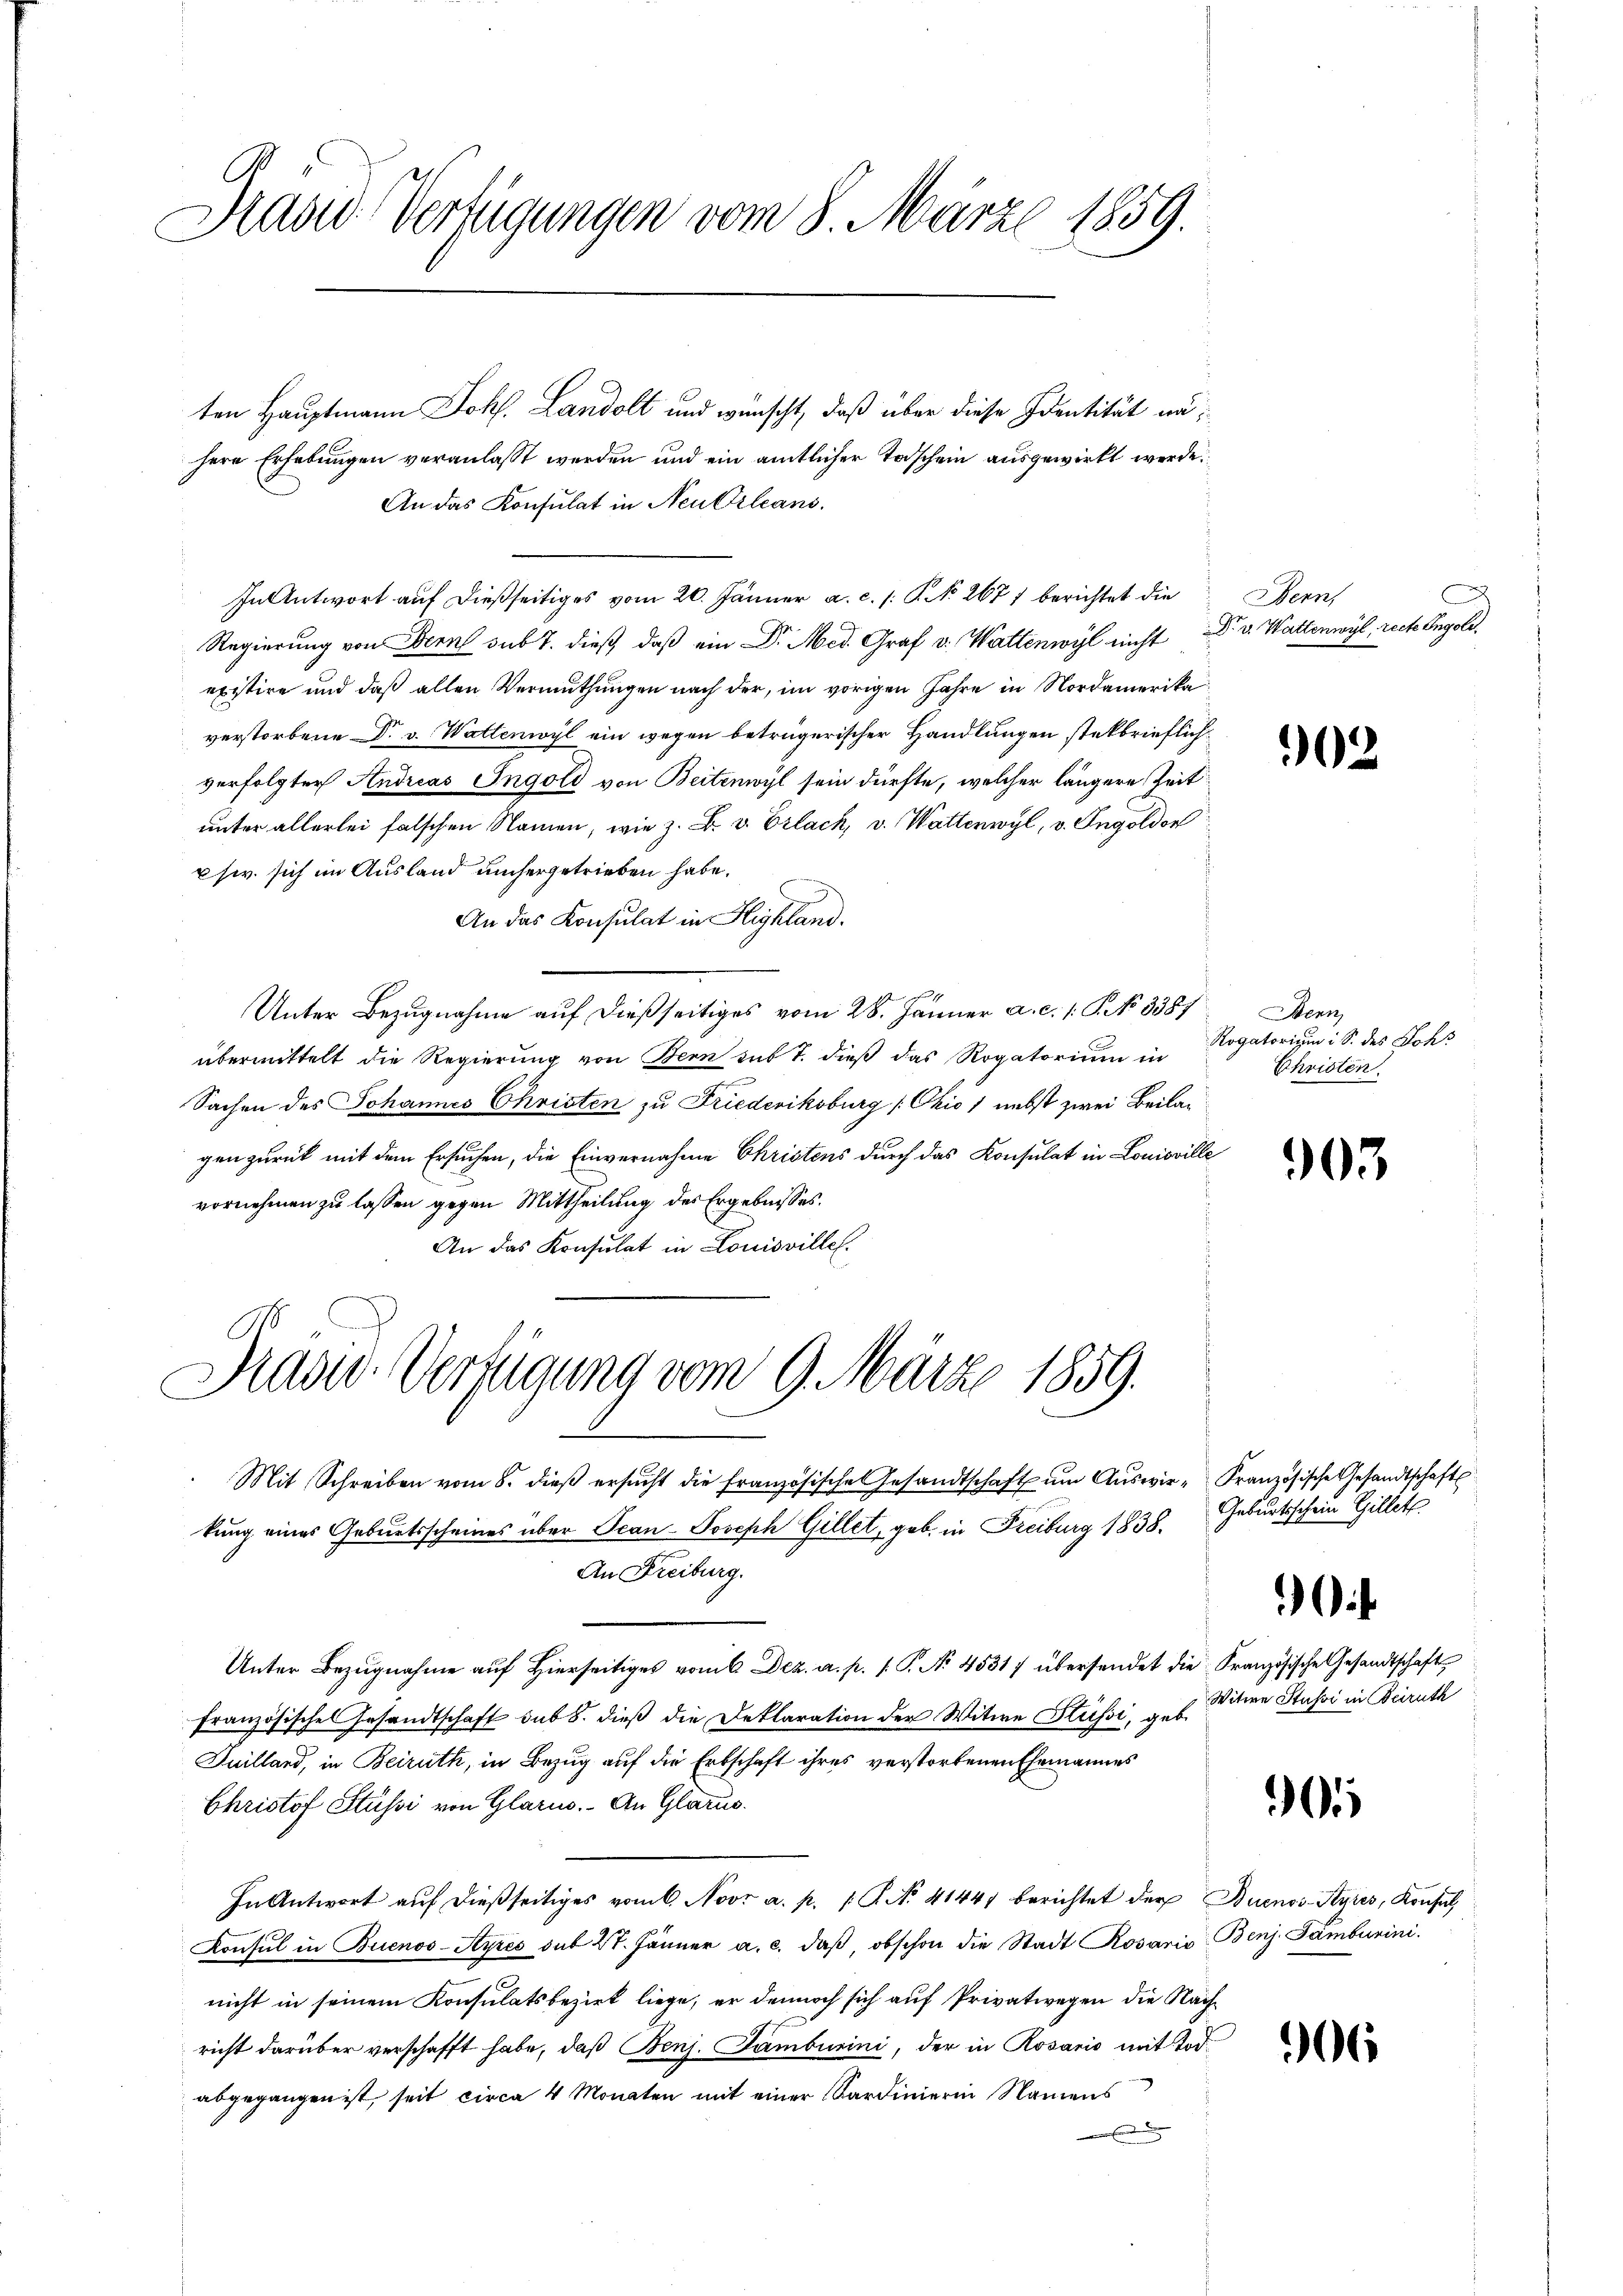
Druser Verfügungen vom 8. März 1859.

ten Hauptmann Johs. Landolt und wünscht, daß über diese Identität nahere Erhebungen veranlasst werden und ein amtlicher Taschein ausgewirkt werde.
An das Konsulat in Neu Orleans
In Antwort auf dießseitiges vom 20. Jänner a. c. s. S. 267) berichtet die
Regierung von Bern sub 7. dieß, daß ein Dr. Med. Graf v. Wattenwyl nicht Dr. v. Wattenwyl, recte Ingold,
existire und daß allen Vermuthungen nach der, im vorigen Jahre in Nordamerika
verstorbene Dr. v. Wattenwyl ein wegen beträgerischer Handlungen stekbrieflich
verfolgter Andreas Ingold von Beitenwyl sein dürfte, welcher längere Zeit
unter allerlei falschen Namen, wie z. B. v. Erlach, v. Wattenwyl, v. Ingoldor
usw. sich im Ausland umhergetrieben habe.
An das Konsulat in Highland.
Unter Bezugnahme auf dießseitiges vom 28. Jänner a. c. 1 S. No 3387
übermittelt die Regierung von Bern sub T. dieß das Rogatorium in
Sachen des Johannes Christen zu Friederikoburg (Chio) nebst zwei Beilagen zurück mit dem Ersuchen, die Einvernahme Christens durch das Konsulat in Louisville
vornehmen zu lassen gegen Mittheilung des Ergebnisses.
An das Konsulat in Louisville.

Hasw. Verfügung vom 9. März 1859.

Mit Schreiben vom 8. dieβ ersŭcht die französische Gesandtschaft um Auswir- Französische Gesandtschafts
kung eines Geburtsscheines über Scan-Joseph Gillet, geb. in Freiburg 1838.
An Freiburg.
Unter Bezŭgnahme aŭf hierseitiges vom 6 Dez. a. p. 1. P. No. 4531) übersendet die Französische Gesandtschaft
französische Gesandtschaft sub 8. dieß die Deklaration der Witwe Stüssi, u. s. Mitere Stussi in Beiruth
Juilland, in Beiruth, in Bezug auf die Erbschaft ihres verstorbenen Ehemannes
Christof Stüssi von Glarus. An Glarus.
In Antwort auf dießseitiges vom 6. Nov. a. p. 1 P. N. 41447 berichtet der Buenos-Ayres, Konsul
Konsul in Buenos-Ayres sub 27. Jänner a. c. daβ, obschon die Stadt Rosaris Benj Tamburini.
nicht in seinem Konsulatsbezirk liege, er dennoch sich auf Privatwegen die Nachricht darüber verschafft habe, daß Benj. Tamburini, der in Rosario mit Tod.
abgegangen ist, seit circa 4 Monaten mit einer Sardinierin Namens
E

A
Bern,

902

Benn
Rogatorium i S. des Johs
Christen

303

Geburtsschein Gillett

i

30

306